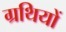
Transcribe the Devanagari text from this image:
ग्रथियों